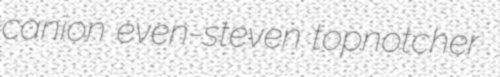
canion even-steven topnotcher